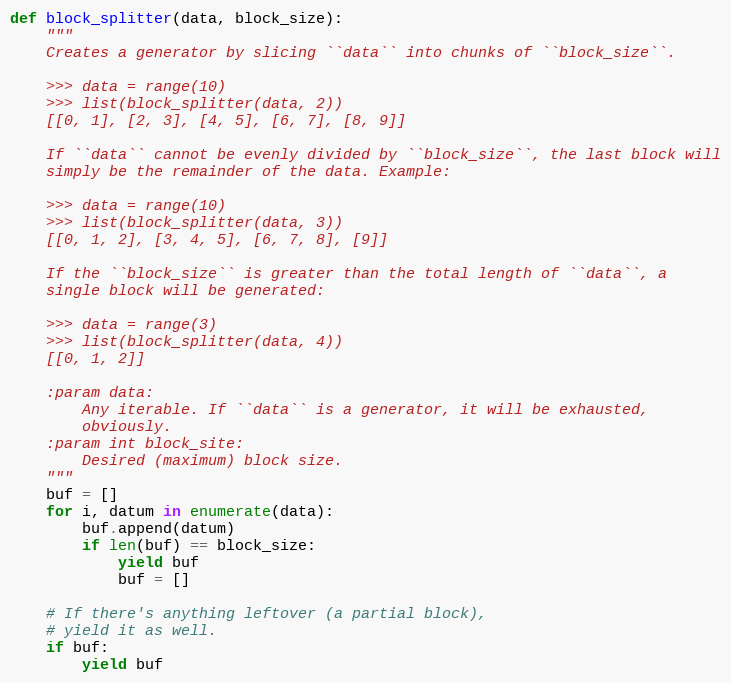
Language: Python
def block_splitter(data, block_size):
    """
    Creates a generator by slicing ``data`` into chunks of ``block_size``.

    >>> data = range(10)
    >>> list(block_splitter(data, 2))
    [[0, 1], [2, 3], [4, 5], [6, 7], [8, 9]]

    If ``data`` cannot be evenly divided by ``block_size``, the last block will
    simply be the remainder of the data. Example:

    >>> data = range(10)
    >>> list(block_splitter(data, 3))
    [[0, 1, 2], [3, 4, 5], [6, 7, 8], [9]]

    If the ``block_size`` is greater than the total length of ``data``, a
    single block will be generated:

    >>> data = range(3)
    >>> list(block_splitter(data, 4))
    [[0, 1, 2]]

    :param data:
        Any iterable. If ``data`` is a generator, it will be exhausted,
        obviously.
    :param int block_site:
        Desired (maximum) block size.
    """
    buf = []
    for i, datum in enumerate(data):
        buf.append(datum)
        if len(buf) == block_size:
            yield buf
            buf = []

    # If there's anything leftover (a partial block),
    # yield it as well.
    if buf:
        yield buf